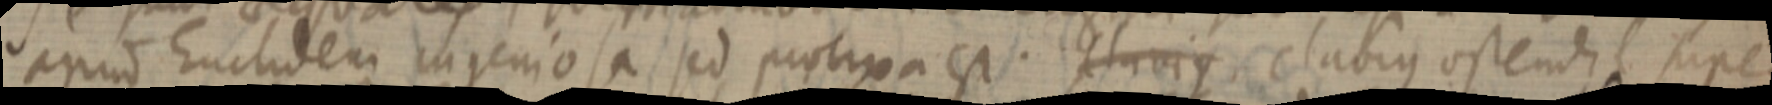
apud Euclidem ingeniosa, sed proxima est. Clavius clavius ostendat super